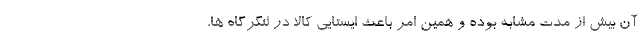
آن بیش از مدت مشابه بوده و همین امر باعث ایستایی کالا در لنگرگاه ها،